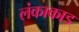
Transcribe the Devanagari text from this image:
लंकाकाड